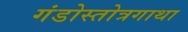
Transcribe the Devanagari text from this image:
गंडोस्तोत्रगाथा